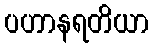
ပဟာနရတိယာ